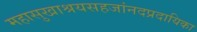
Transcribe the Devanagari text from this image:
महासुखाश्रयसहजांनदप्रदायिका